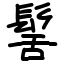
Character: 髺